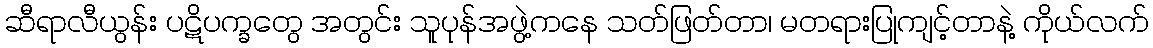
ဆီရာလီယွန်း ပဋိပက္ခတွေ အတွင်း သူပုန်အဖွဲ့ကနေ သတ်ဖြတ်တာ၊ မတရားပြုကျင့်တာနဲ့ ကိုယ်လက်